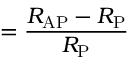
= \frac { R _ { \mathrm { A P } } - R _ { \mathrm { P } } } { R _ { \mathrm { P } } }